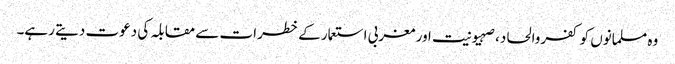
وہ مسلمانوں کو کفروالحاد، صہیونیت اور مغربی استعمار کے خطرات سے مقابلہ کی دعوت دیتے رہے۔